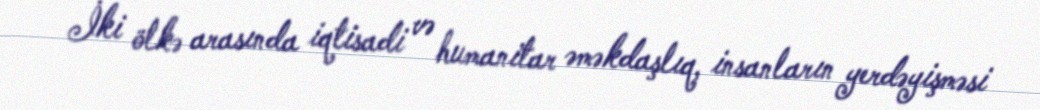
İki ölkə arasında iqtisadi və humanitar əməkdaşlıq, insanların yerdəyişməsi